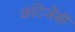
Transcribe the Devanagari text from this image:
कंटिजेंसी